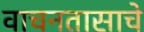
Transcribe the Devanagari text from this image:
वाचनतासाचे